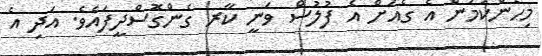
މިހެންކަމުން އެ ގެއަށް އެ ފުލުސް ވަނީ ކާރ ގެންގޮސްދީފައެވެ. އަދި އެ